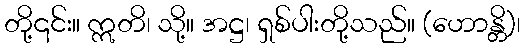
တို့၎င်း။ ဣတိ၊ သို့။ အဋ္ဌ၊ ရှစ်ပါးတို့သည်။ (ဟောန္တိ)၊